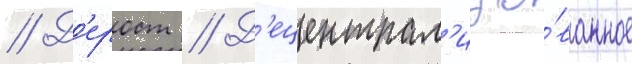
// Д'ерост // Д'ецентрал'изо́ванное